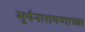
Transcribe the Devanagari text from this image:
सूर्यनारायणाच्या